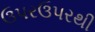
ઉપરઉપરથી